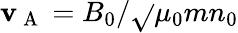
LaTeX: \mathbf{v}_{\mathrm{{~A~}}}=B_{0}/\sqrt{}{{\mu_{0}mn_{0}}}